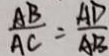
\frac { A B } { A C } = \frac { A D } { A B }